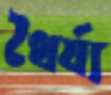
ধৈর্য্য